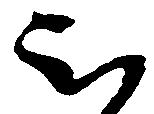
被